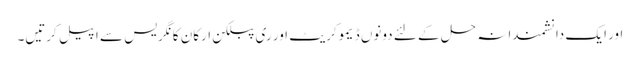
اور ایک دانشمندانہ حل کے لئے دونوں ڈیموکریٹ اور ری پبلکن ارکان کانگریس سے اپیل کرتیں۔